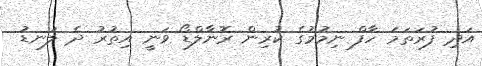
އަދި ފުރަތަމަ ހާފް ނިމުމުގެ ކުރިން ރޮނާލްޑޯ ވަނީ އިތުރު ދެ ލަނޑު